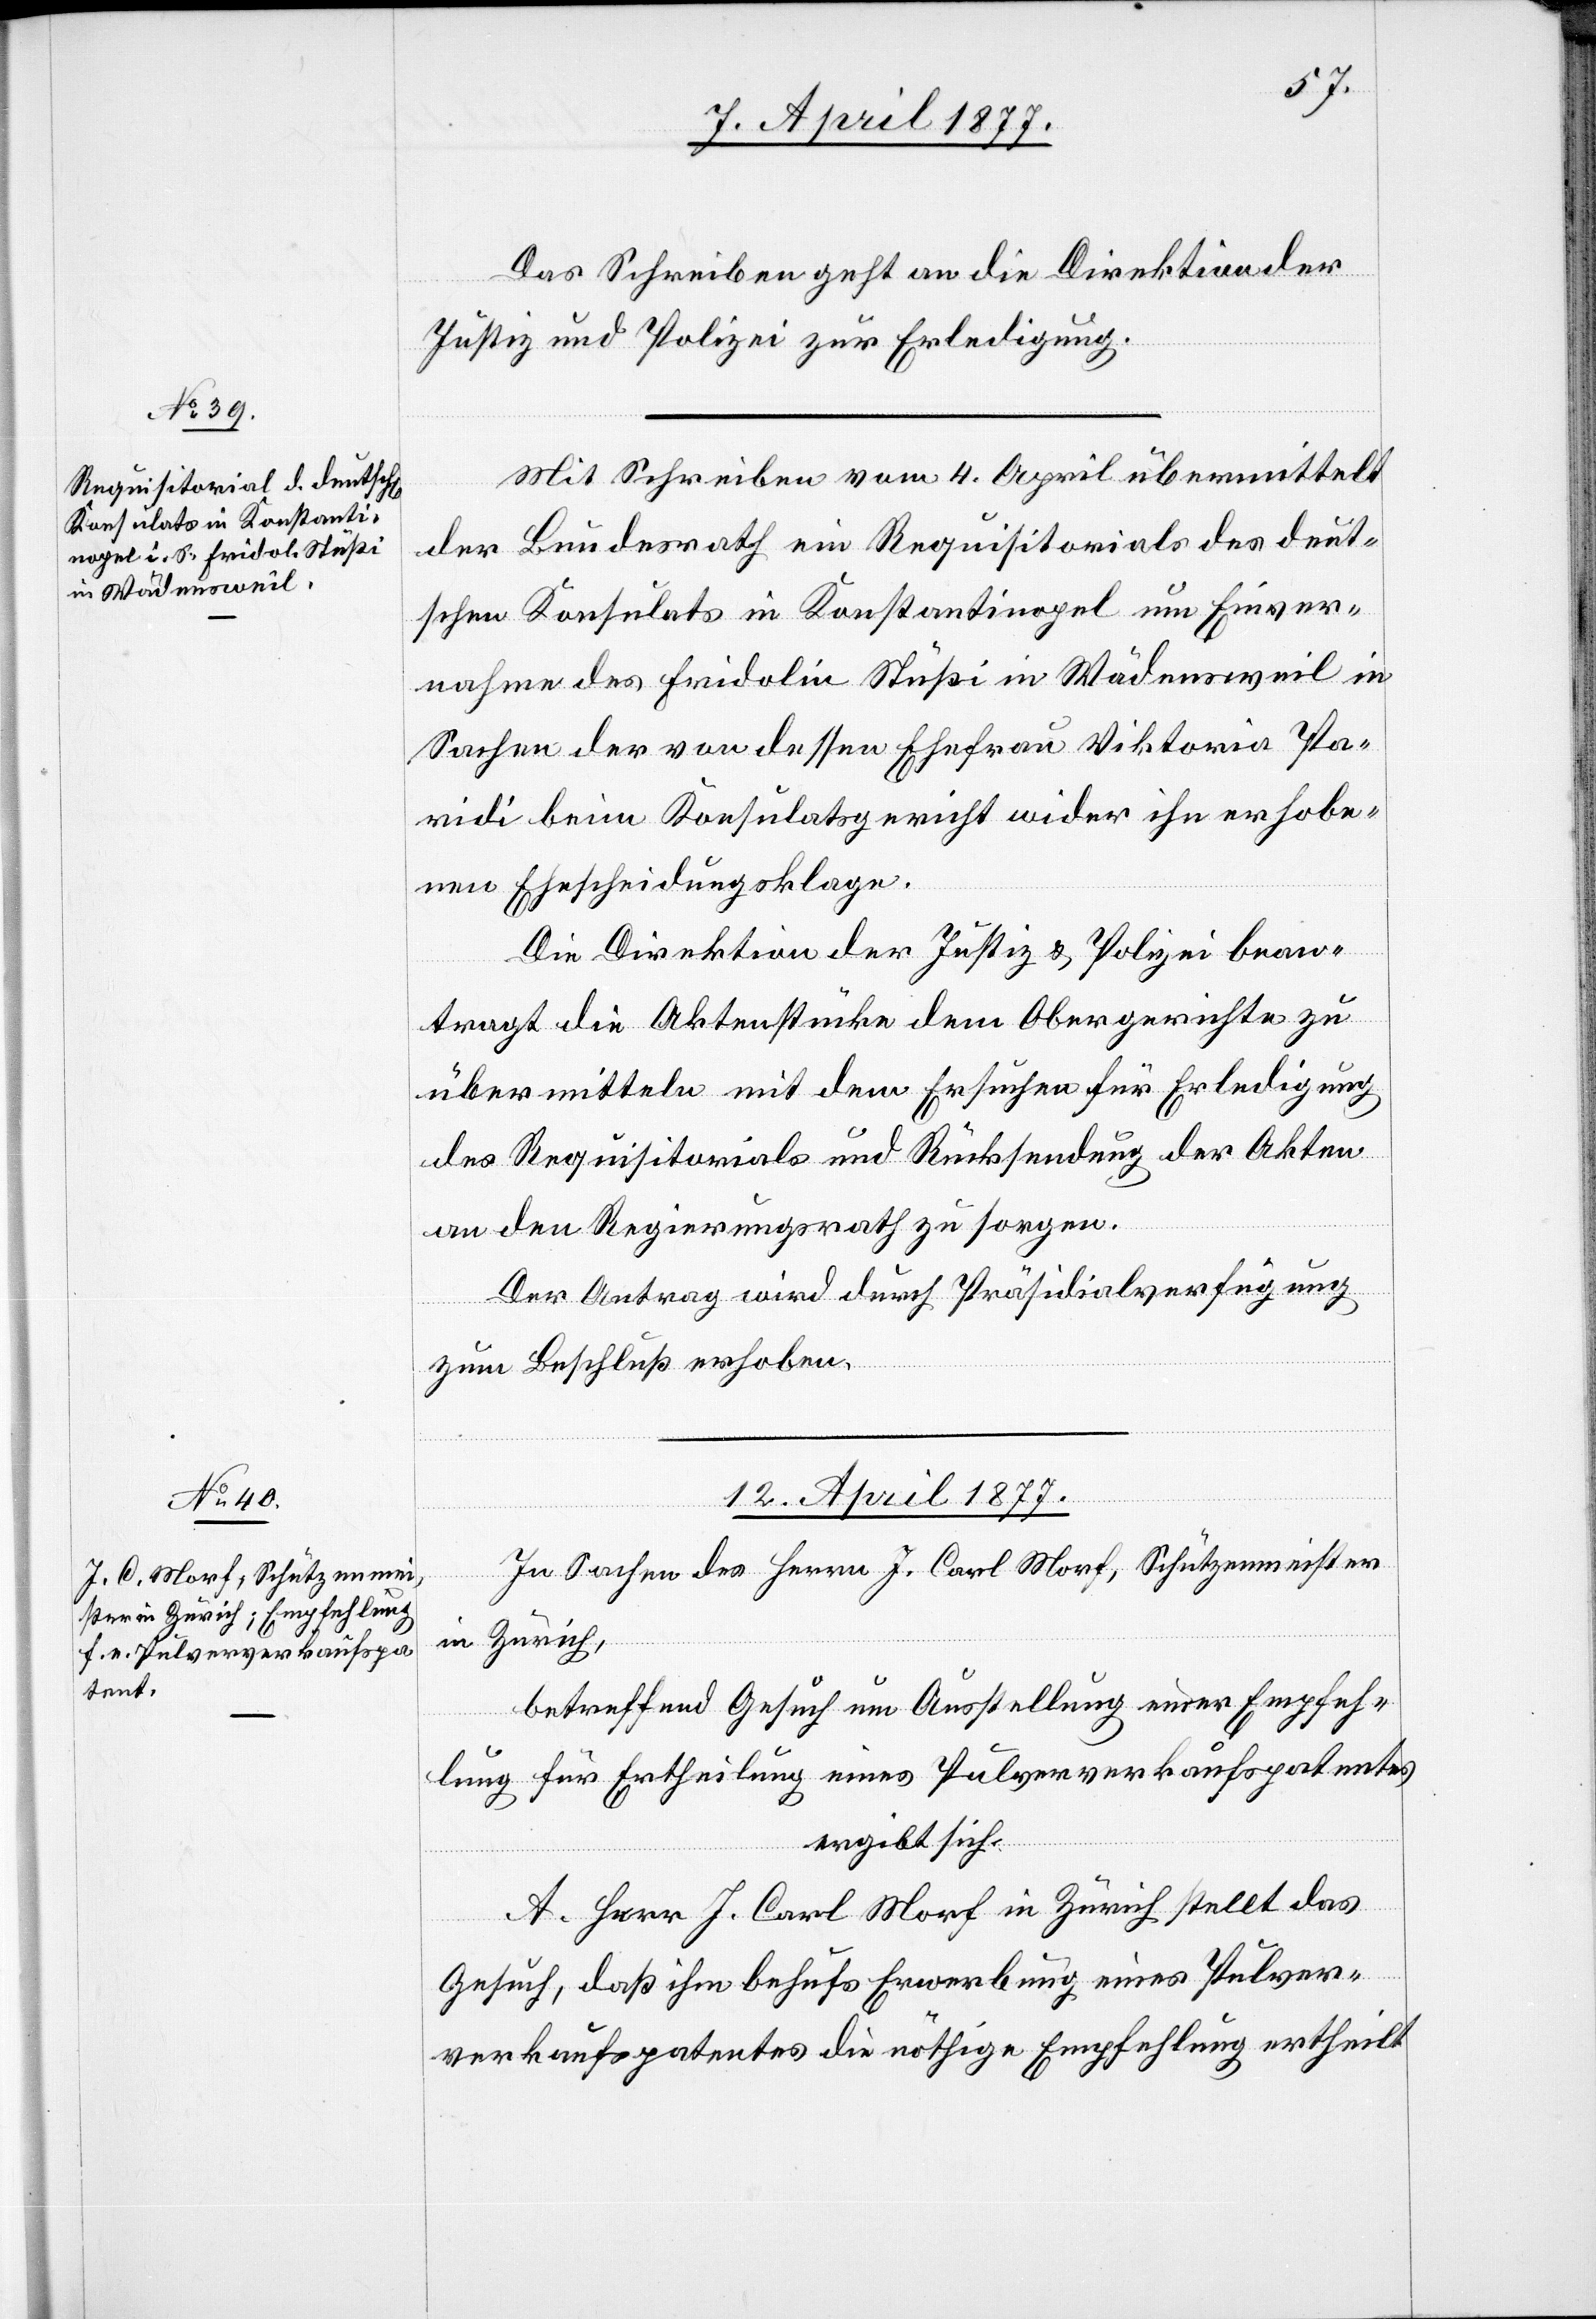
Das Schreiben geht an die Direktion der
Justiz und Polizei zur Erledigung.
Mit Schreiben vom 4. April übermittelt
der Bundesrath ein Requisitorials [sic!] des deut¬
schen Konsulats in Konstantinopel um Einver¬
nahme des Fridolin Stüßi in Wädensweil in
Sachen der von dessen Ehefrau Viktoria Pa¬
ridi beim Konsulatsgericht wider ihn erhobe¬
nen Ehescheidungsklage.
Die Direktion der Justiz & Polizei bean¬
tragt die Aktenstücke dem Obergerichte zu
übermitteln mit dem Ersuchen für Erledigung
des Requisitorials und Rücksendung der Akten
an den Regierungsrath zu sorgen.
Der Antrag wird durch Präsidialverfügung
zum Beschluß erhoben.
12. April 1877.
In Sachen des Herrn J. Carl Morf, Schützenmeister
in Zürich,
betreffend Gesuch um Ausstellung einer Empfeh¬
lung für Ertheilung eines Pulververkaufspatentes,
ergibt sich:
A. Herr J. Carl Morf in Zürich stellt das
Gesuch, daß ihm behufs Erwerbung eines Pulver¬
verkaufspatentes die nöthige Empfehlung ertheilt